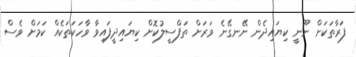
ފަރާތަކަށް ނޫނީ ކިޔައިދެން ނޭނގޭނެ ވަރަށް ތަފްސީލުކޮށް ކިޔައިދީފައިވާ ވާހަކަތަކެއް ކަމަށް ވެސް